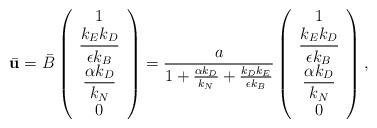
LaTeX: \begin{align*}\bar{\textbf{u}} = \bar{B} \left(\begin{array}{c}1 \\ \dfrac{k_{E} k_{D}}{\epsilon k_{B}} \\ \dfrac{\alpha k_{D}}{k_{N}} \\0\end{array}\right) = \frac{a}{1+\frac{\alpha k_{D}}{k_{N}} + \frac{k_{D} k_{E}}{\epsilon k_{B}}} \left(\begin{array}{c} 1 \\ \dfrac{k_{E} k_{D}}{\epsilon k_{B}} \\ \dfrac{\alpha k_{D}}{k_{N}} \\0\end{array}\right),\end{align*}